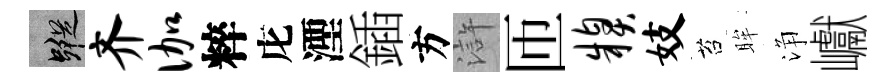
蹤齐伽粹庀湮鍤方滸匝糗妓苔眸浄巘